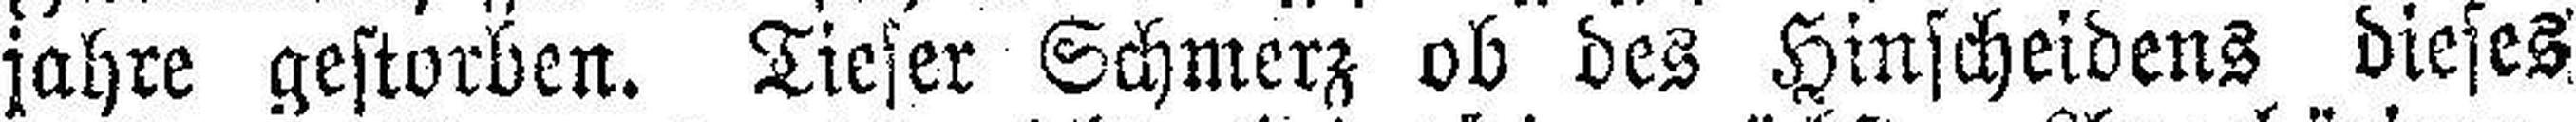
jahre gestorben. Tiefer Schmerz ob des Hinscheidens dieses